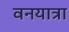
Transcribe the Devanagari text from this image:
वनयात्रा